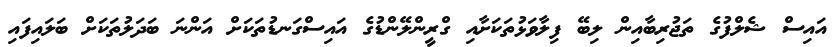
އައިސް ޝެލްފުގެ ތަޖުރިބާއިން ލިބޭ ފިލާވަޅުތަކަށާއި ގްރީންލޭންޑުގެ އައިސްގަނޑުތަކަށް އަންނަ ބަދަލުތަކަށް ބަލައިފައި